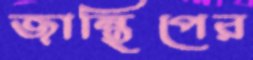
জান্থিপের